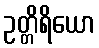
ဥတ္တိရိယော